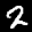
Label: 2